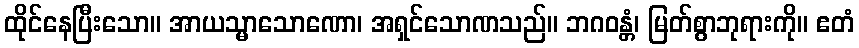
ထိုင်နေပြီးသော။ အာယသ္မာသောဏော၊ အရှင်သောဏသည်။ ဘဂဝန္တံ၊ မြတ်စွာဘုရားကို။ ဧတံ